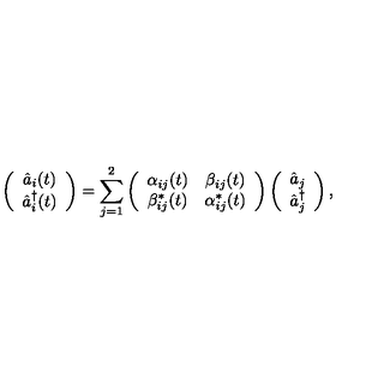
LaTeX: \left( \begin{array} { c } { \hat { a } _ { i } ( t ) } \\ { \hat { a } _ { i } ^ { \dag } ( t ) } \\ \end{array} \right) = \sum _ { j = 1 } ^ { 2 } \left( \begin{array} { c c } { \alpha _ { i j } ( t ) } & { \beta _ { i j } ( t ) } \\ { \beta _ { i j } ^ { \ast } ( t ) } & { \alpha _ { i j } ^ { \ast } ( t ) } \\ \end{array} \right) \left( \begin{array} { c } { \hat { a } _ { j } } \\ { \hat { a } _ { j } ^ { \dag } } \\ \end{array} \right) ,